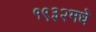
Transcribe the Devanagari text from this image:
१९३२मधे